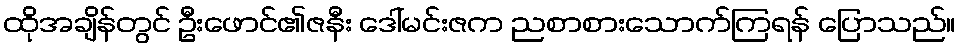
ထိုအချိန်တွင် ဦးဖောင်၏ဇနီး ဒေါ်မင်းဇက ညစာစားသောက်ကြရန် ပြောသည်။